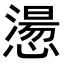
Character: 𢡂